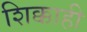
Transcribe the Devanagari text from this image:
शिक्काही